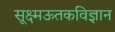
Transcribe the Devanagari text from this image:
सूक्ष्मऊतकविज्ञान